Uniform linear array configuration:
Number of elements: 16
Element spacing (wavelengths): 0.75
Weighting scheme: cosine
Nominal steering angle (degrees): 45
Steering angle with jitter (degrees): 43.383
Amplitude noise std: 0.05
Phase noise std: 0.05

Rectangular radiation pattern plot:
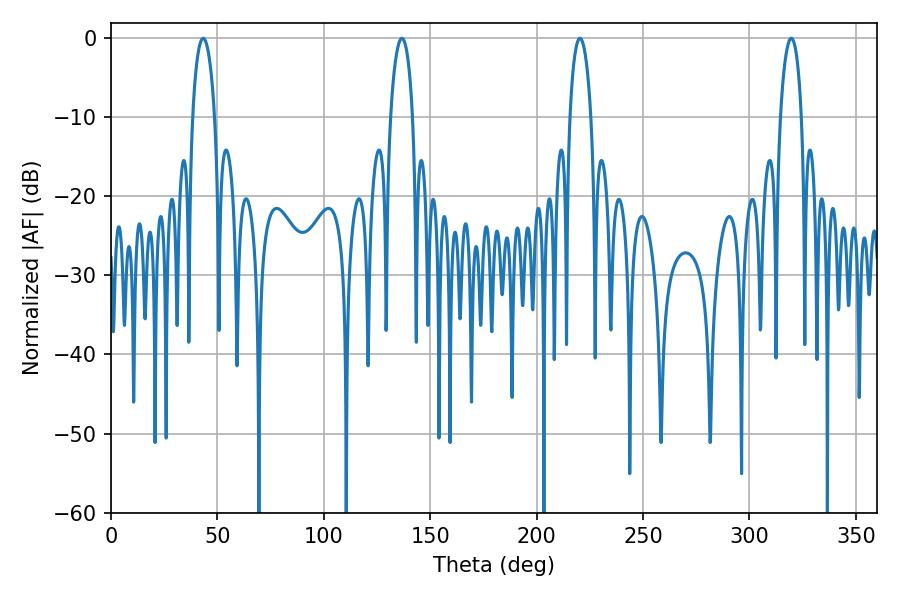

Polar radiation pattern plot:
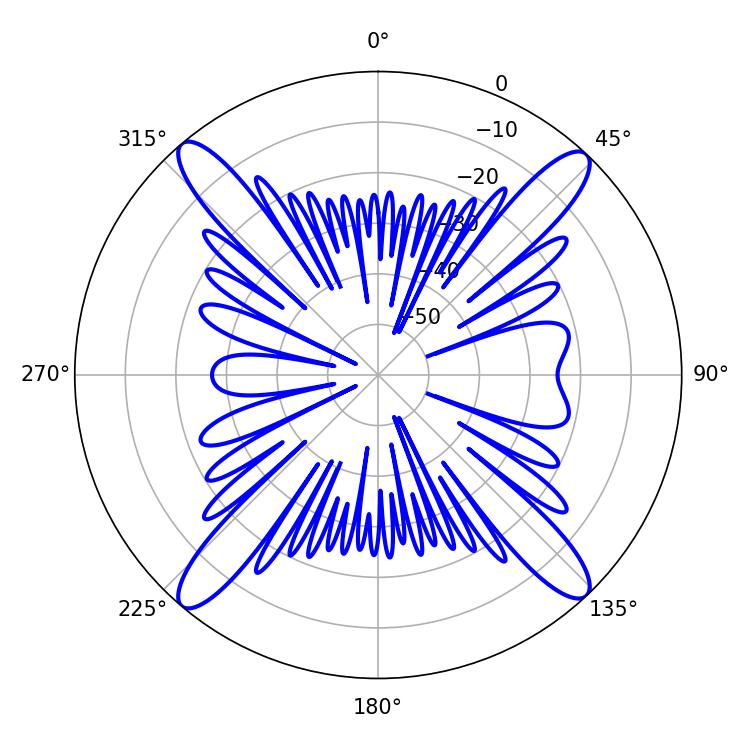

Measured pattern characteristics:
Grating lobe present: TRUE
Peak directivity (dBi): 20.488
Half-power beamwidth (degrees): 5.58
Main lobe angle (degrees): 220.32